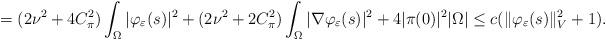
LaTeX: \begin{align*} = ( 2\nu^2 + 4 C^2_{\pi} ) \int_{\Omega} | \varphi_{\varepsilon} (s)|^2 + (2 \nu^2 + 2 C_{\pi}^2) \int_{\Omega} |\nabla \varphi_{\varepsilon}(s) |^2+ 4 |\pi(0)|^2 |\Omega|\leq c ( \| \varphi_{\varepsilon} (s) \|^2_V + 1).\end{align*}